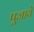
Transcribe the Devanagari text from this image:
पूजायें